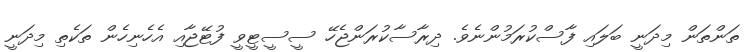
ތަންތަން މިދަނީ ބަލައި ފާސްކުރަމުންނެވެ. ދިރާސާކުރަންޖެހޭ ސީސީޓީވީ ފުޓޭޖާއި އެހެނިހެން ތަކެތި މިދަނީ